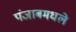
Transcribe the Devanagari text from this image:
पंजाबमधले